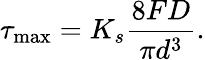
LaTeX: \tau_{\mathrm{max}}=K_{s}\frac{8FD}{\pi d^{3}}.